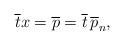
LaTeX: \begin{align*}\overline{t}x=\overline{p}=\overline{t}\,\overline{p}_n,\end{align*}